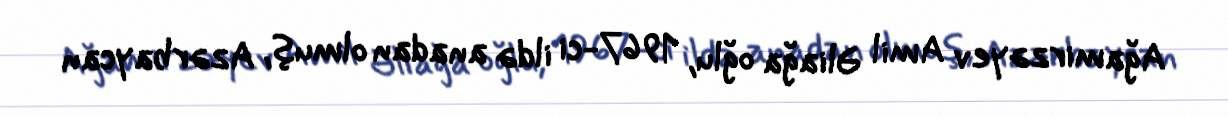
Ağamirzəyev Amil Əliağa oğlu, 1967-ci ildə anadan olmuş, Azərbaycan